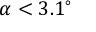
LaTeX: \alpha < 3 . 1 ^ { \circ }